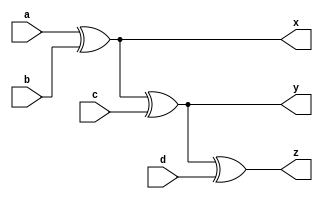
`timescale 1ns / 1ps

/*
Company: Sogang University
Engineer: G_EEE3
Create Date: 2021/09/30 15:36:33
Module Name: four_input_xor_gate
*/

module four_input_xor_gate(
    input a, b, c, d,
    output x, y, z
);

assign x = a ^ b;
assign y = x ^ c;
assign z = y ^ d;

endmodule